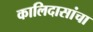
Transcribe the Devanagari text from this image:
कालिदासांचा